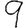
Digit: 9